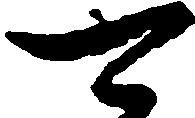
可